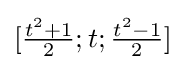
[{\tfrac {t^{2}+1}{2}};t;{\tfrac {t^{2}-1}{2}}]